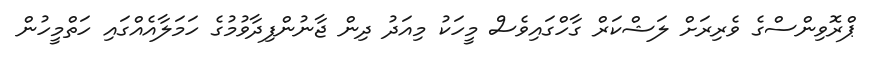
ޕްރޮވިންސްގެ ވެރިރަށް ލަޝްކަރް ގާހްގައިވެސް މީހަކު މިއަދު ދިން ޖާނުންފިދާވުމުގެ ހަމަލާއެއްގައި ހަތްމީހުން